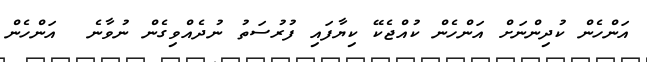
އަންހެން ކުދިންނަށް އަންހެން ކުއްޖެކޭ ކިޔާފައި ފުރުސަތު ނުދެއްވިގެން ނުވާނެ  އަންހެން